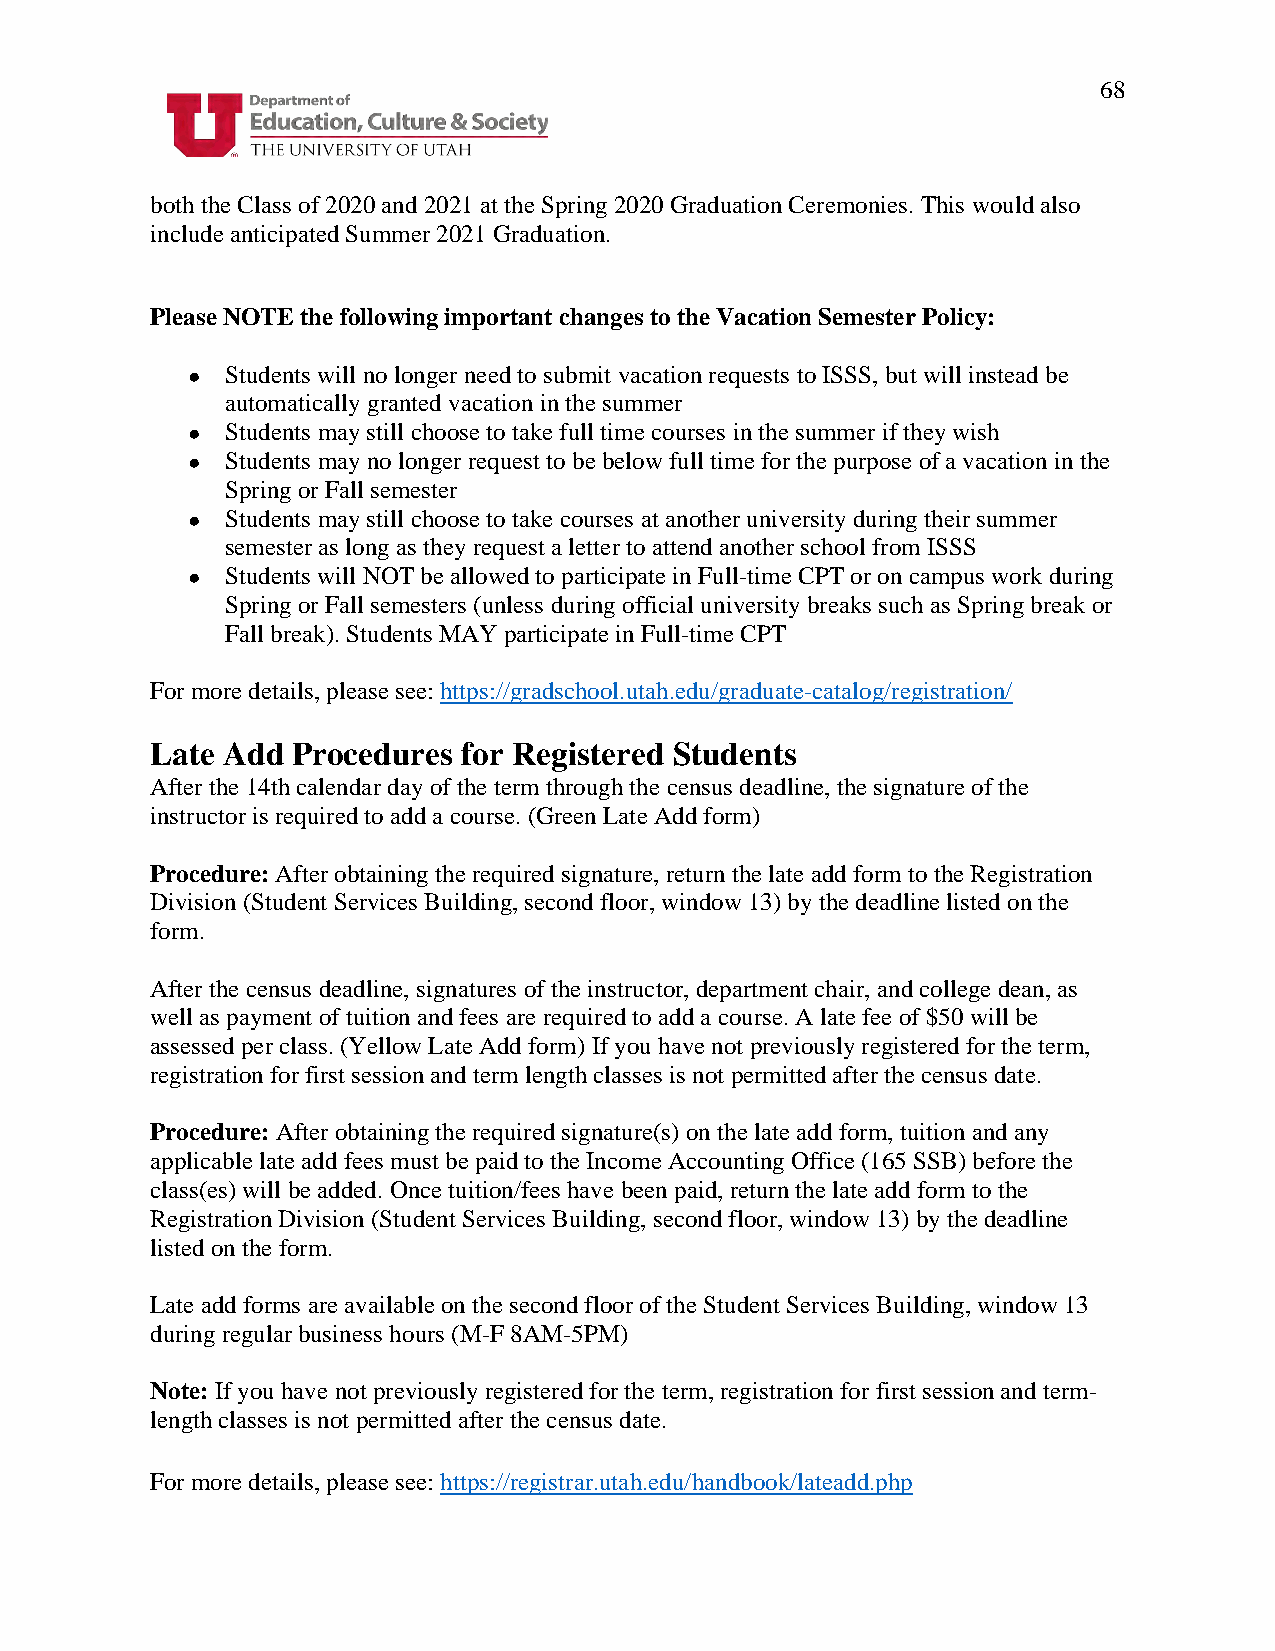
68
 both the Class of 2020 and 2021 at the Spring 2020 Graduation Ceremonies. This would also
 include anticipated Summer 2021 Graduation.
 Please NOTE the following important changes to the Vacation Semester Policy:
 ●  Students will no longer need to submit vacation requests to ISSS, but will instead be
 automatically granted vacation in the summer
 ●  Students may still choose to take full time courses in the summer if they wish
 ●  Students may no longer request to be below full time for the purpose of a vacation in the
 Spring or Fall semester
 ●  Students may still choose to take courses at another university during their summer
 semester as long as they request a letter to attend another school from ISSS
 ●  Students will NOT be allowed to participate in Full-time CPT or on campus work during
 Spring or Fall semesters (unless during official university breaks such as Spring break or
 Fall break). Students MAY participate in Full-time CPT
 For more details, please see: https://gradschool.utah.edu/graduate-catalog/registration/
 Late Add Procedures  for Registered Students
 After the 14th calendar day of the term through the census deadline, the signature of the
 instructor is required to add a course. (Green Late Add form)
 Procedure: After obtaining the required signature, return the late add form to the Registration
 Division (Student Services Building, second floor, window 13) by the deadline listed on the
 form.
 After the census deadline, signatures of the instructor, department chair, and college dean, as
 well as payment of tuition and fees are required to add a course. A late fee of $50 will be
 assessed per class. (Yellow Late Add form) If you have not previously registered for the term,
 registration for first session and term length classes is not permitted after the census date.
 Procedure: After obtaining the required signature(s) on the late add form, tuition and any
 applicable late add fees must be paid to the Income Accounting Office (165 SSB) before the
 class(es) will be added. Once tuition/fees have been paid, return the late add form to the
 Registration Division (Student Services Building, second floor, window 13) by the deadline
 listed on the form.
 Late add forms are available on the second floor of the Student Services Building, window 13
 during regular business hours (M-F 8AM-5PM)
 Note: If you have not previously registered for the term, registration for first session and term-
 length classes is not permitted after the census date.
 For more details, please see: https://registrar.utah.edu/handbook/lateadd.php